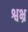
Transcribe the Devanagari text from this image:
श्वभ्र